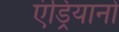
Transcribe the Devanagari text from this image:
एंड्रियानो